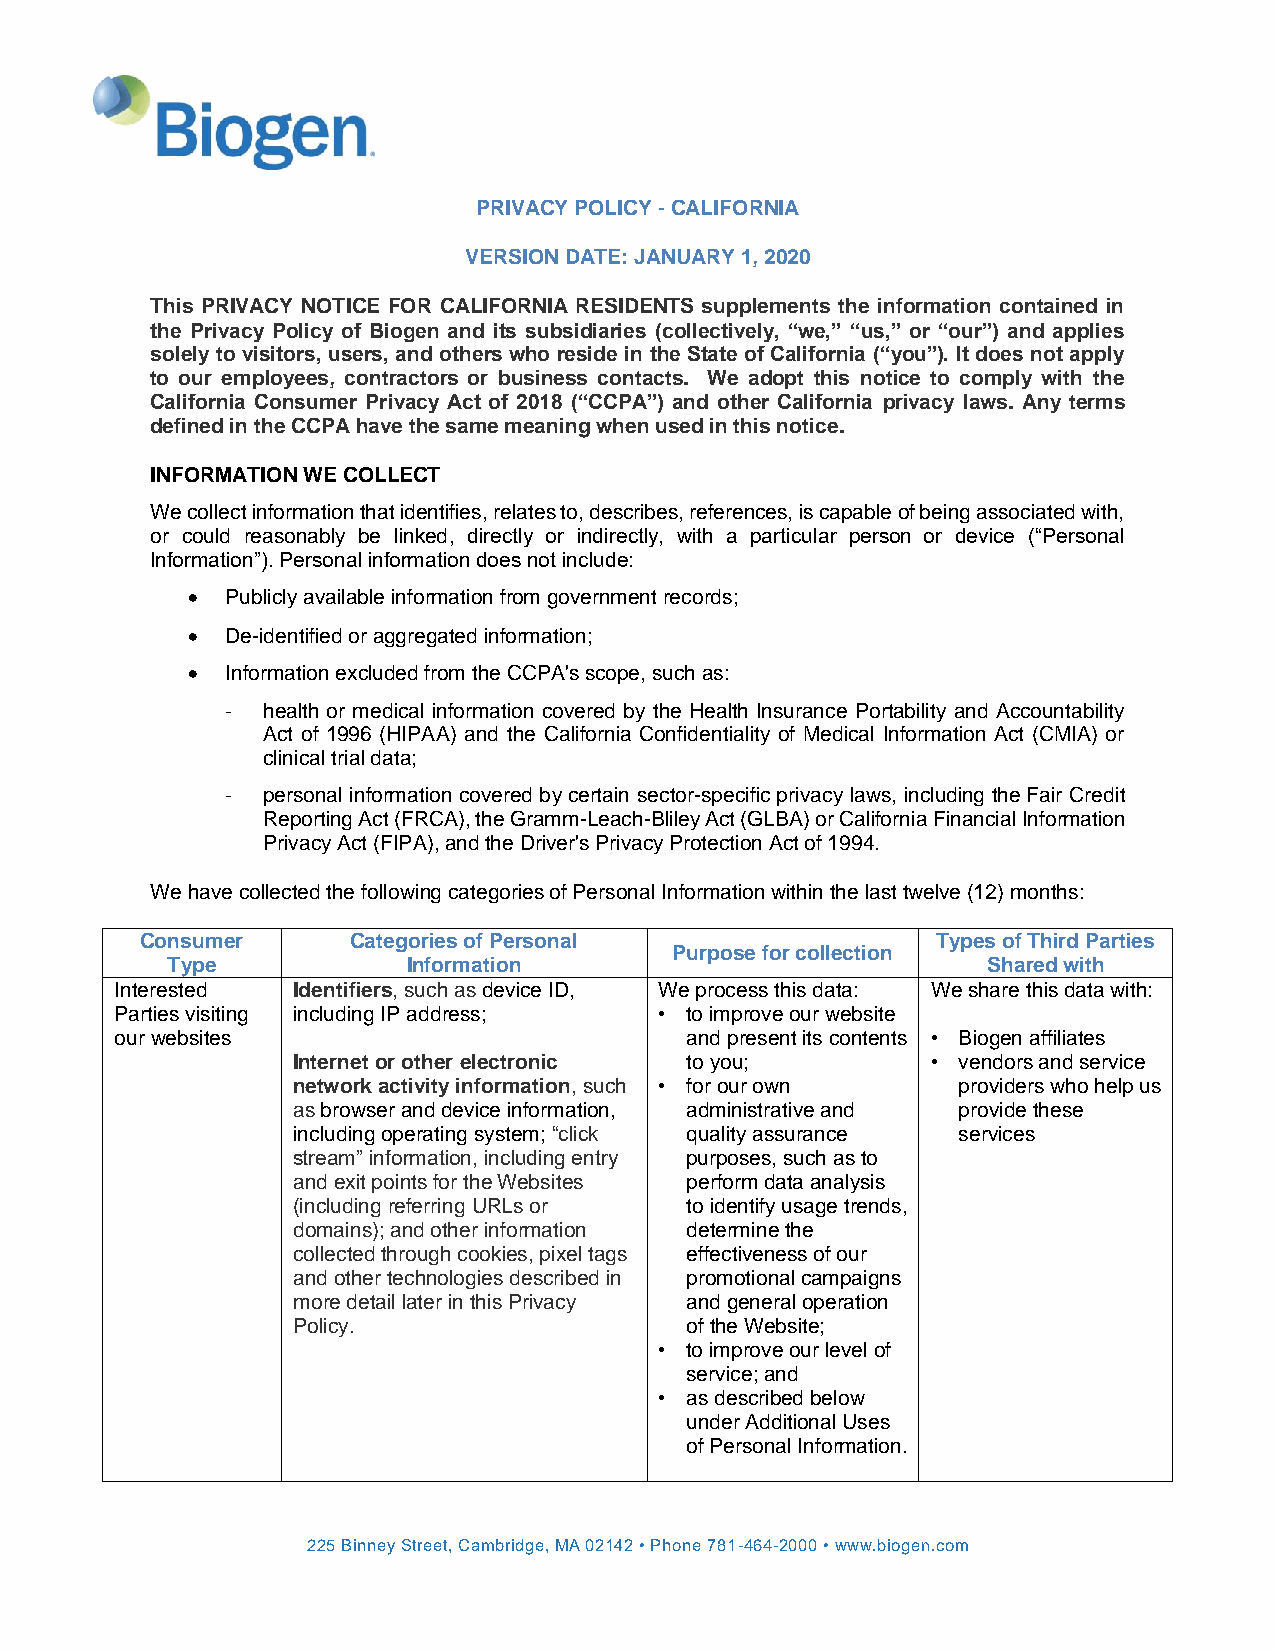
PRIVACY POLICY - CALIFORNIA
 VERSION DATE: JANUARY 1, 2020
 This PRIVACY NOTICE FOR CALIFORNIA RESIDENTS supplements the information contained in
 the Privacy Policy of Biogen and its subsidiaries (collectively, “we,” “us,” or “our”) and applies
 solely to visitors, users, and others who reside in the State of California (“you”). It does not apply
 to our employees, contractors or business contacts. We adopt this notice to comply with the
 California Consumer Privacy Act of 2018 (“CCPA”) and other California privacy laws. Any terms
 defined in the CCPA have the same meaning when used in this notice.
 INFORMATION WE COLLECT
 We collect information that identifies, relates to, describes, references, is capable of being associated with,
 or could reasonably be linked, directly or indirectly, with a particular person or device (“Personal
 Information”). Personal information does not include:
 •  Publicly available information from government records;
 •  De-identified or aggregated information;
 •  Information excluded from the CCPA's scope, such as:
 - health or medical information covered by the Health Insurance Portability and Accountability
 Act of 1996 (HIPAA) and the California Confidentiality of Medical Information Act (CMIA) or
 clinical trial data;
 - personal information covered by certain sector-specific privacy laws, including the Fair Credit
 Reporting Act (FRCA), the Gramm-Leach-Bliley Act (GLBA) or California Financial Information
 Privacy Act (FIPA), and the Driver's Privacy Protection Act of 1994.
 We have collected the following categories of Personal Information within the last twelve (12) months:
 Consumer      Categories of Personal                 Types of Third Parties
 Purpose for collection
 Type            Information                           Shared with
 Interested Identifiers, such as device ID, We process this data: We share this data with:
 Parties visiting including IP address; • to improve our website
 our websites                         and present its contents • Biogen affiliates
 Internet or other electronic to you;       • vendors and service
 network activity information, such • for our own providers who help us
 as browser and device information, administrative and provide these
 including operating system; “click quality assurance services
 stream” information, including entry purposes, such as to
 and exit points for the Websites perform data analysis
 (including referring URLs or to identify usage trends,
 domains); and other information determine the
 collected through cookies, pixel tags effectiveness of our
 and other technologies described in promotional campaigns
 more detail later in this Privacy and general operation
 Policy.                   of the Website;
 • to improve our level of
 service; and
 • as described below
 under Additional Uses
 of Personal Information.
 225 Binney Street, Cambridge, MA 02142 • Phone 781-464-2000 • www.biogen.com